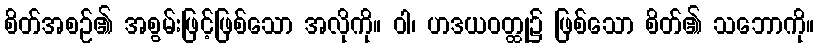
စိတ်အစဉ်၏ အစွမ်းဖြင့်ဖြစ်သော အလိုကို။ ဝါ၊ ဟဒယဝတ္ထု၌ ဖြစ်သော စိတ်၏ သဘောကို။